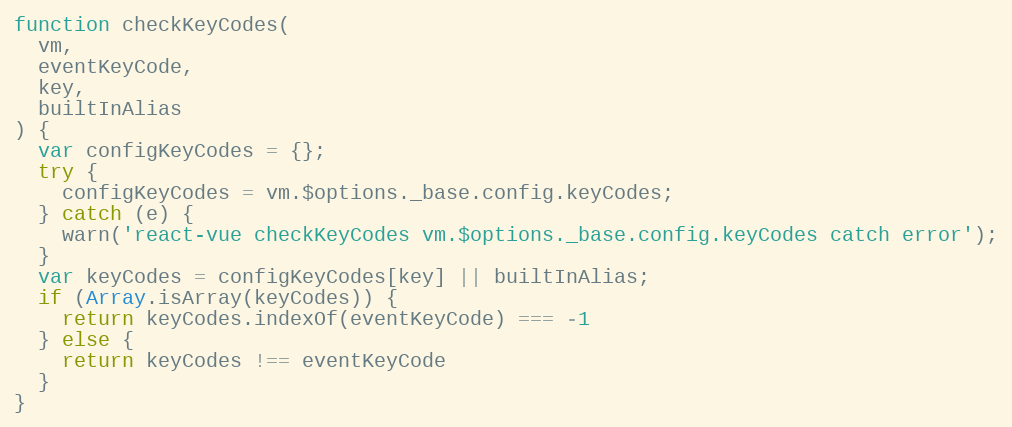
Language: JavaScript
function checkKeyCodes(
  vm,
  eventKeyCode,
  key,
  builtInAlias
) {
  var configKeyCodes = {};
  try {
    configKeyCodes = vm.$options._base.config.keyCodes;
  } catch (e) {
    warn('react-vue checkKeyCodes vm.$options._base.config.keyCodes catch error');
  }
  var keyCodes = configKeyCodes[key] || builtInAlias;
  if (Array.isArray(keyCodes)) {
    return keyCodes.indexOf(eventKeyCode) === -1
  } else {
    return keyCodes !== eventKeyCode
  }
}